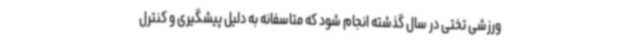
ورزشی تختی در سال گذشته انجام شود که متاسفانه به دلیل پیشگیری و کنترل